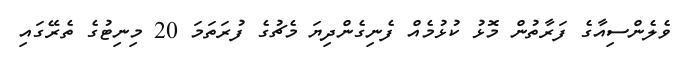
ވެލެންސިއާގެ ފަރާތުން މޮޅު ކުޅުމެއް ފެނިގެންދިޔަ މެޗުގެ ފުރަތަމަ 20 މިނިޓުގެ ތެރޭގައި